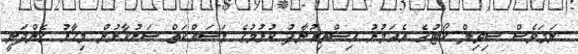
ނަމަވެސް ސިވިލް ކޯޓުގެ އެއަމުރު އިސްތިއުނާފު ކުރުމުގެ މަސައްކަތް ސަރުކާރުން މިހާރު ގެންދަނީ